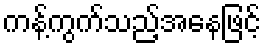
ကန့်ကွက်သည့်အနေဖြင့်